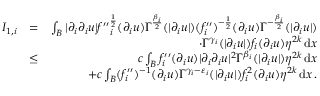
\begin{array} { r l r } { I _ { 1 , i } } & { = } & { \int _ { B } | \partial _ { i } \partial _ { i } u | { f ^ { \prime \prime } } _ { i } ^ { \frac { 1 } { 2 } } ( \partial _ { i } u ) \Gamma ^ { \frac { \beta _ { i } } { 2 } } ( | \partial _ { i } u | ) ( f _ { i } ^ { \prime \prime } ) ^ { - \frac { 1 } { 2 } } ( \partial _ { i } u ) \Gamma ^ { - \frac { \beta _ { i } } { 2 } } ( | \partial _ { i } u | ) } \\ & { } & { \qquad \cdot \Gamma ^ { \gamma _ { i } } ( | \partial _ { i } u | ) f _ { i } ( \partial _ { i } u ) \eta ^ { 2 k } \, \mathrm { d } x } \\ & { \leq } & { c \int _ { B } f _ { i } ^ { \prime \prime } ( \partial _ { i } u ) | \partial _ { i } \partial _ { i } u | ^ { 2 } \Gamma ^ { \beta _ { i } } ( | \partial _ { i } u | ) \eta ^ { 2 k } \, \mathrm { d } x } \\ & { } & { + c \int _ { B } ( f _ { i } ^ { \prime \prime } ) ^ { - 1 } ( \partial _ { i } u ) \Gamma ^ { \gamma _ { i } - \varepsilon _ { i } } ( | \partial _ { i } u | ) f _ { i } ^ { 2 } ( \partial _ { i } u ) \eta ^ { 2 k } \, \mathrm { d } x \, . } \end{array}